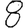
Digit: 8